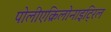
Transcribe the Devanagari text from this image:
पोलीएक्रिलोनाइट्रिल